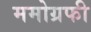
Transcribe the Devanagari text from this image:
ममोग्रफी